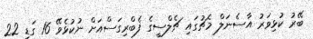
ބޭރު ކުޅިވަރު އާސެނަލް މެޗުގައި ޗެލްސީގެ ފެބްރިގަސްއަށް ނުކުޅެވޭ 16 ގަޑި 22